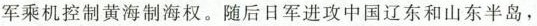
军乘机控制黄海制海权。随后日军进攻中国辽东和山东半岛，